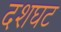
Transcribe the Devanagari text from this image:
दशघट